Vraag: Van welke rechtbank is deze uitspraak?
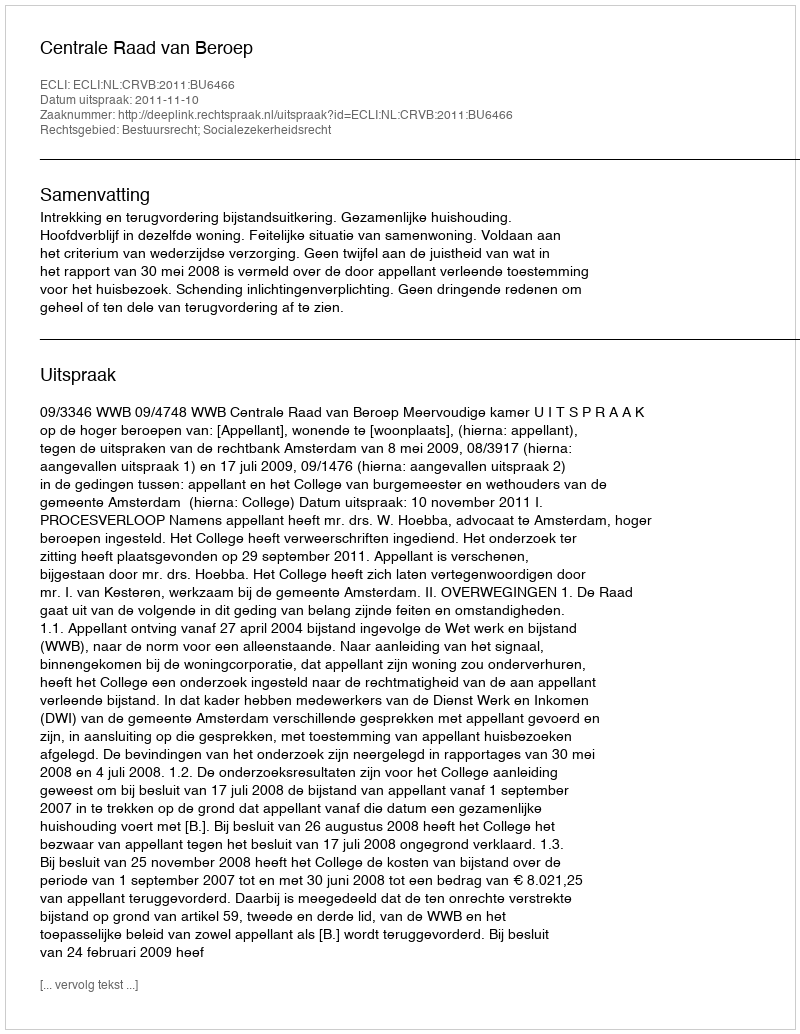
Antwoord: Centrale Raad van Beroep